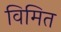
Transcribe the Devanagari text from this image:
विमित